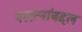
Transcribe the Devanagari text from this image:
नररत्नांबद्दल